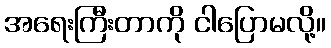
အရေးကြီးတာကို ငါပြောမလို့။